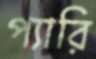
প্যারি